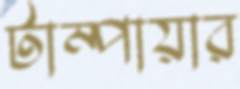
টাম্পায়ার